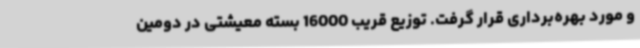
و مورد بهره‌برداری قرار گرفت. توزیع قریب 16000 بسته معیشتی در دومین